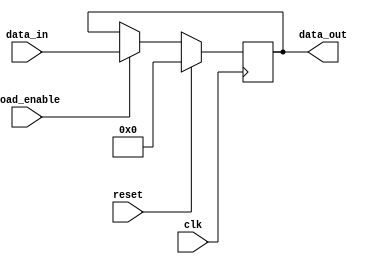
module reg_rst_load(
	input clk,
	input reset,
	input load_enable,
	input [15:0] data_in,

	output reg [15:0] data_out
);

always @(posedge clk)
    begin
        if (load_enable)
            data_out <= data_in;
        if (reset)
            data_out <= 16'b0;
    end
	
endmodule